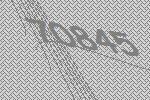
70845